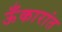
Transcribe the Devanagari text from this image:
ऊँकारांत